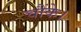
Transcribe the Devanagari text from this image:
चौंके।